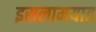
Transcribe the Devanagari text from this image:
इसलामयात